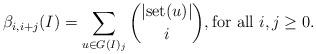
LaTeX: \begin{align*}\beta_{i,i+j}(I)=\sum_{u\in G(I)_j}\binom{|\textup{set}(u)|}{i}, \mbox{for all $i,j\ge0$}.\end{align*}